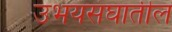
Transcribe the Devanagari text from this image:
उभयसंघातील